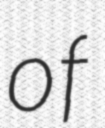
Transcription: of